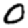
Digit: 0